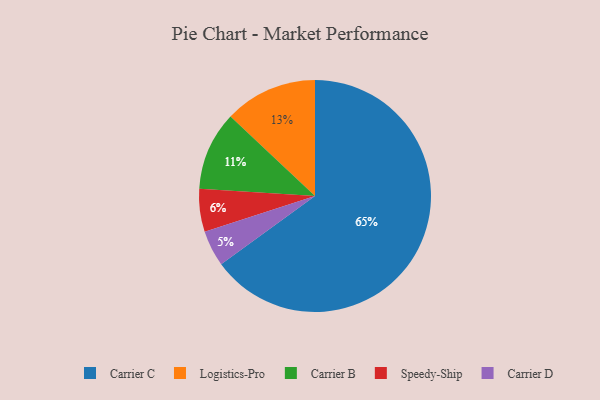
{"axis": {"x": "Category", "y": "Percentage"}, "legend": ["Carrier B", "Carrier C", "Carrier D", "Logistics-Pro", "Speedy-Ship"], "data": [{"x": "Speedy-Ship", "y": 6, "type": "Speedy-Ship"}, {"x": "Carrier D", "y": 5, "type": "Carrier D"}, {"x": "Logistics-Pro", "y": 13, "type": "Logistics-Pro"}, {"x": "Carrier C", "y": 65, "type": "Carrier C"}, {"x": "Carrier B", "y": 11, "type": "Carrier B"}]}